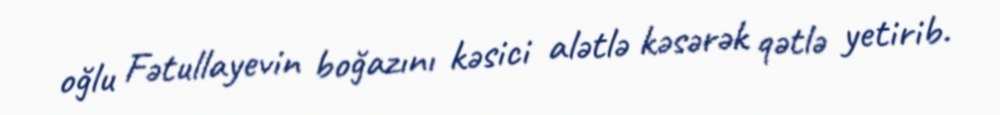
oğlu Fətullayevin boğazını kəsici alətlə kəsərək qətlə yetirib.